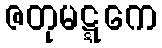
ဇတုမဋ္ဋကေ